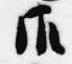
御